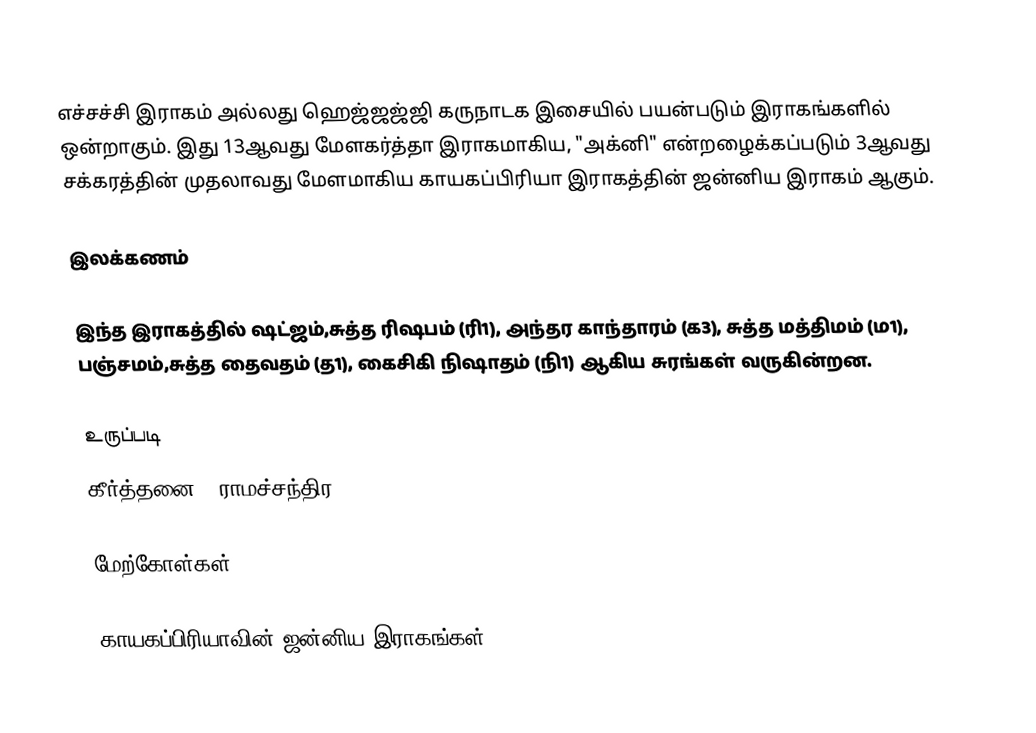
எச்சச்சி இராகம் அல்லது ஹெஜ்ஜஜ்ஜி கருநாடக இசையில் பயன்படும் இராகங்களில் ஒன்றாகும். இது 13ஆவது மேளகர்த்தா இராகமாகிய, "அக்னி" என்றழைக்கப்படும் 3ஆவது சக்கரத்தின் முதலாவது மேளமாகிய காயகப்பிரியா இராகத்தின் ஜன்னிய இராகம் ஆகும்.

இலக்கணம்

 இந்த இராகத்தில் ஷட்ஜம்,சுத்த ரிஷபம் (ரி1), அந்தர காந்தாரம் (க3), சுத்த மத்திமம் (ம1), பஞ்சமம்,சுத்த தைவதம் (த1), கைசிகி நிஷாதம்  (நி1) ஆகிய சுரங்கள் வருகின்றன.

உருப்படி
 கீர்த்தனை : ராமச்சந்திர

மேற்கோள்கள்

காயகப்பிரியாவின் ஜன்னிய இராகங்கள்